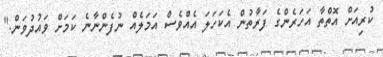
ކުރިއަށް އޮތްތާ އަހަރެންގެ ފަރާތުން އެކަހަލަ އެއްވެސް އަމަލެއް ނުފެންނާނެ ކަމަށް ވައުދުވަން."